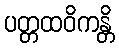
ပတ္တထဝိကန္တိ